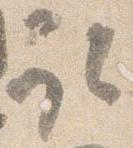
取